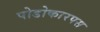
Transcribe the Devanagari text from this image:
पोडोकारपस